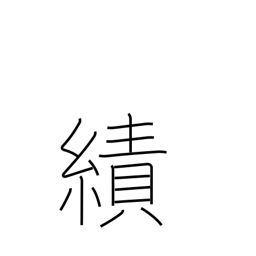
Meaning: exploits